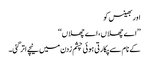
اور بھینس کو
’’اے چھلاں، اے چھلاں‘‘
کے نام سے پکارتی ہوئی چشم زدن میں نیچے اتر گئی۔